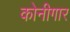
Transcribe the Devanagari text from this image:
कोनीगार